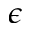
\epsilon